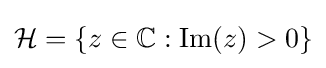
{\mathcal {H}}=\{z\in \mathbb {C} :\operatorname {Im} (z)>0\}